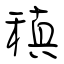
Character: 稹